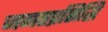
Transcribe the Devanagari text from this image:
जगतप्रसिद्धि